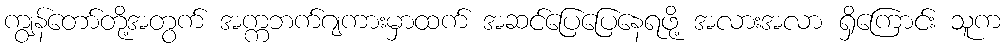
ကျွန်တော်တို့အတွက် အက္ကဘက်ဂျကားမှာထက် အဆင်ပြေပြေနေရဖို့ အလားအလာ ရှိကြောင်း သူက